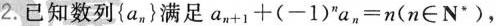
2.已知数列\left\{a_n\right\}满足$$a_{n+1}+(-1)^{n}a_{n}=n\left(n \in N^{*}\right)$$，